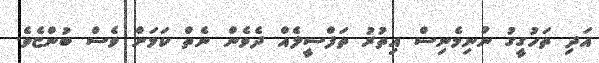
އަދި ތަހުގީގު ނުނިމެނިސް އިތުރު ތަފްސީލެއް ދެވެން ނެތް ކަމަށް ވެސް ބުންޏެވެ.